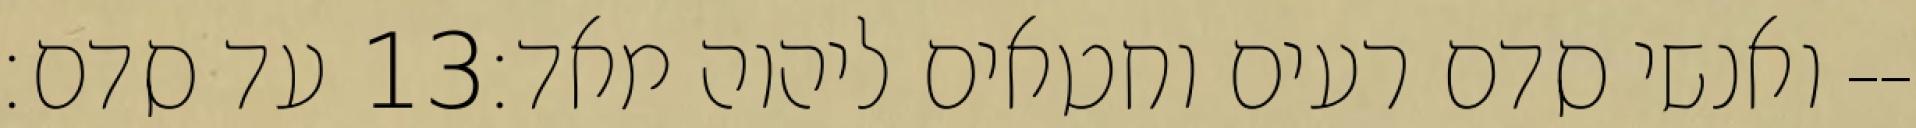
עד סדם׃ ‎13‏ ואנשי סדם רעים וחטאים ליהוה מאד׃--